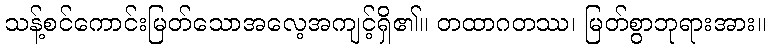
သန့်စင်ကောင်းမြတ်သောအလေ့အကျင့်ရှိ၏။ တထာဂတဿ၊ မြတ်စွာဘုရားအား။